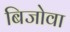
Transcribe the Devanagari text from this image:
बिजोवा